Etiology and epidemiology of plague
Disease focus: Plague
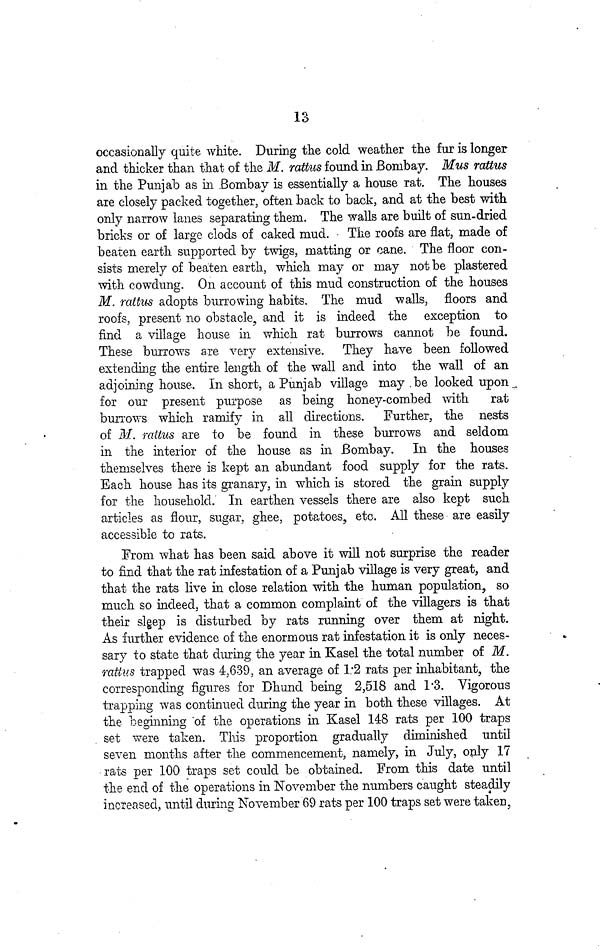
13
occasionally quite white. During the cold weather the fur is longer
and thicker than that of the M. rattus found in Bombay. Mus rattus
in the Punjab as in Bombay is essentially a house rat. The houses
are closely packed together, often back to back, and at the best with
only narrow lanes separating them. The walls are built of sun-dried
bricks or of large clods of caked mud. The roofs are flat, made of
beaten earth supported by twigs, matting or cane. The floor con-
sists merely of beaten earth, which may or may not be plastered
with cowdung. On account of this mud construction of the houses
M. rattus adopts burrowing habits. The mud walls, floors and
roofs, present no obstacle, and it is indeed the exception to
find a village house in which rat burrows cannot be found.
These burrows are very extensive. They have been followed
extending the entire length of the wall and into the wall of an
adjoining house. In short, a Punjab village may be looked upon
for our present purpose as being honey-combed with
rat
burrows which ramify in all directions. Further, the nests
of M. rattus are to be found in these burrows and seldom
in the interior of the house as in Bombay. In the houses
themselves there is kept an abundant food supply for the rats.
Each house has its granary, in which is stored the grain supply
for the household. In earthen vessels there are also kept such
articles as flour, sugar, ghee, potatoes, etc. All these are easily
accessible to rats.
From what has been said above it will not surprise the reader
to find that the rat infestation of a Punjab village is very great, and
that the rats live in close relation with the human population, so
much so indeed, that a common complaint of the villagers is that
their sleep is disturbed by rats running over them at night.
As further evidence of the enormous rat infestation it is only neces-
sary to state that during the year in Kasel the total number of M.
rattus trapped was 4,639, an average of 1 2 rats per inhabitant, the
corresponding figures for Dhund being 2,518 and 1 3. Vigorous
trapping was continued during the year in both these villages. At
the beginning of the operations in Kasel 148 rats per 100 traps
set were taken. This proportion gradually diminished until
seven months after the commencement, namely, in July, only 17
rats per 100 traps set could be obtained. From this date until
the end of the operations in November the numbers caught steadily
increased, until during November 69 rats per 100 traps set were taken,